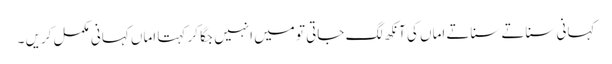
کہانی سناتے سناتے اماں کی آنکھ لگ جاتی تو میں انہیں جگا کر کہتا اماں کہانی مکمل کریں ۔